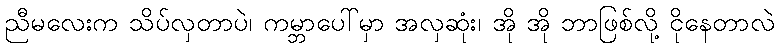
ညီမလေးက သိပ်လှတာပဲ၊ ကမ္ဘာပေါ်မှာ အလှဆုံး၊ အို အို ဘာဖြစ်လို့ ငိုနေတာလဲ